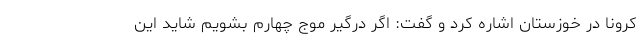
کرونا در خوزستان اشاره کرد و گفت: اگر درگیر موج چهارم بشویم شاید این